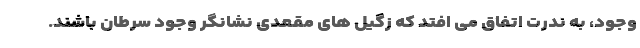
وجود، به ندرت اتفاق می افتد که زگیل های مقعدی نشانگر وجود سرطان باشند.